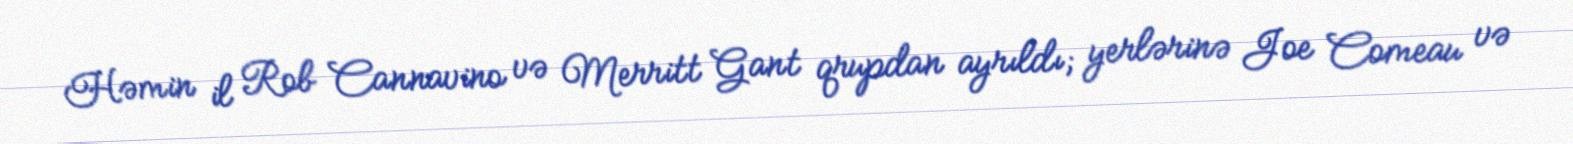
Həmin il Rob Cannavino və Merritt Gant qrupdan ayrıldı; yerlərinə Joe Comeau və